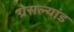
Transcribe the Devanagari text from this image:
ग्रेसल्यांड